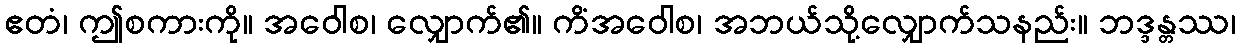
ဧတံ၊ ဤစကားကို။ အဝေါစ၊ လျှောက်၏။ ကိံအဝေါစ၊ အဘယ်သို့လျှောက်သနည်း။ ဘဒ္ဒန္တဿ၊